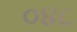
૦૪૮